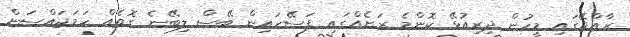
ރާއްޖޭގައި މީހުން ދިރިއުޅޭ ކޮންމެ ރަށެއްގައި ފަސޭހައިން ބޭސް ލިބޭނެ ގޮތެއް ހަަމަޖައްސަން